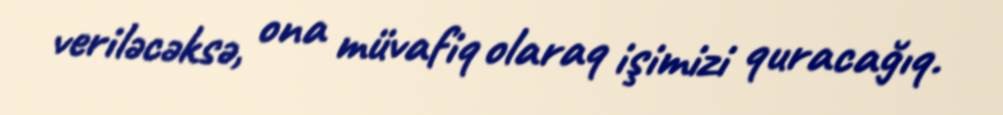
veriləcəksə, ona müvafiq olaraq işimizi quracağıq.